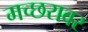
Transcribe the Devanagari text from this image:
मच्छरावर